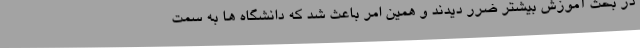
در بحث آموزش بیشتر ضرر دیدند و همین امر باعث شد که دانشگاه ها به سمت